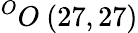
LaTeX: ^{O}O\ (27,27)